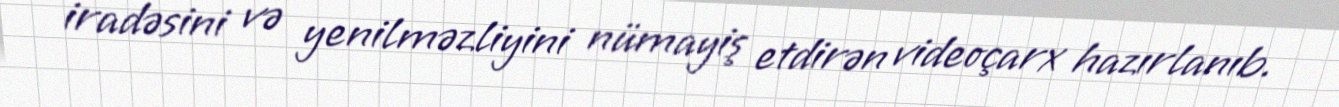
iradəsini və yenilməzliyini nümayiş etdirən videoçarx hazırlanıb.